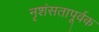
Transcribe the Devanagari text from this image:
नृशंसतापूर्वक